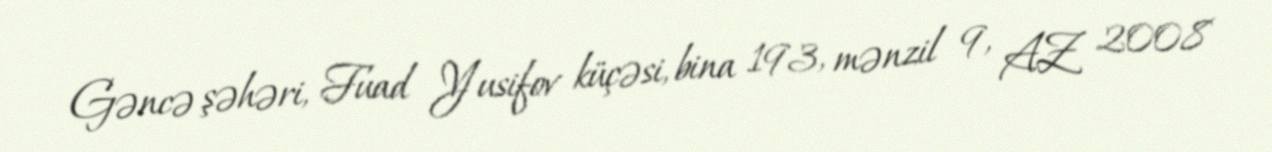
Gəncə şəhəri, Fuad Yusifov küçəsi, bina 193, mənzil 9, AZ 2008